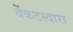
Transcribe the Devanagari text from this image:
वेंकटस्वारा